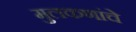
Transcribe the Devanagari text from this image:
मुलकणांचे